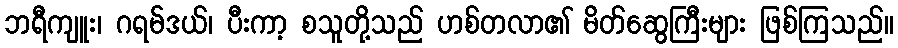
ဘရီကျူး၊ ဂရမ်ဒယ်၊ ပီးကာ့ စသူတို့သည် ဟစ်တလာ၏ မိတ်ဆွေကြီးများ ဖြစ်ကြသည်။